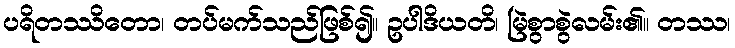
ပရိတဿိတော၊ တပ်မက်သည်ဖြစ်၍။ ဥပါဒိယတိ၊ မြဲစွာစွဲလမ်း၏။ တဿ၊